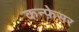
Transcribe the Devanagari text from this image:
कन्फ़ेसर